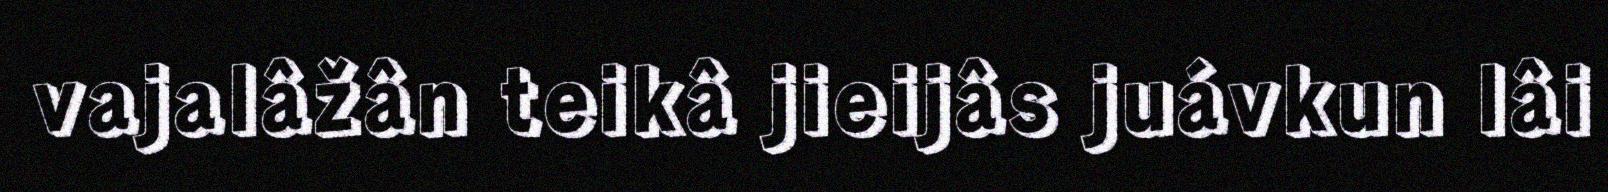
vajalâžân teikâ jieijâs juávkun lâi